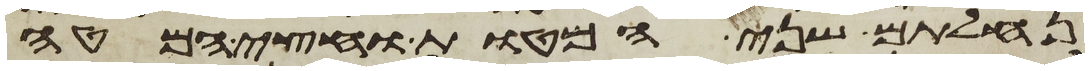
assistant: נחלתם שני המטות וחצי המטה